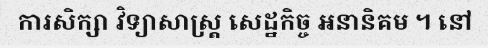
ការសិក្សា វិទ្យាសាស្ត្រ សេដ្ឋកិច្ច អនានិគម ។ នៅ